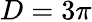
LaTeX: D=3\pi